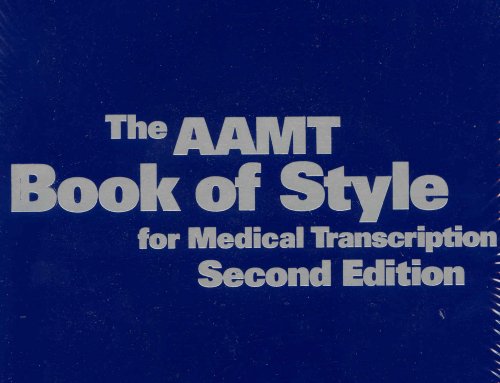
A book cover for The AAMT Book of Style for Medical Transcription, Second Edition; Medical Books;